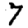
Digit: 7